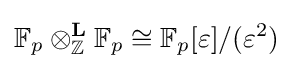
\mathbb {F} _{p}\otimes _{\mathbb {Z} }^{\mathbf {L} }\mathbb {F} _{p}\cong \mathbb {F} _{p}[\varepsilon ]/(\varepsilon ^{2})